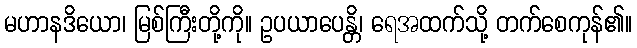
မဟာနဒိယော၊ မြစ်ကြီးတို့ကို။ ဥပယာပေန္တိ၊ ရေအထက်သို့ တက်စေကုန်၏။